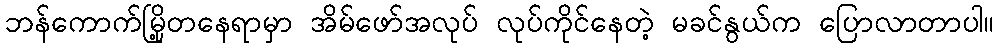
ဘန်ကောက်မြို့တနေရာမှာ အိမ်ဖော်အလုပ် လုပ်ကိုင်နေတဲ့ မခင်နွယ်က ပြောလာတာပါ။